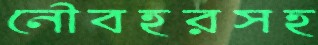
নৌবহরসহ